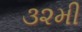
૩૨મી